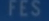
FES